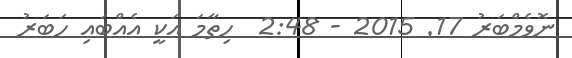
ނޮވެމްބަރު 17